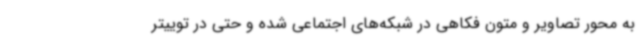
به محور تصاویر و متون فکاهی در شبکه‌های اجتماعی شده و حتی در توییتر